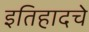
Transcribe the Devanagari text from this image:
इतिहादचे